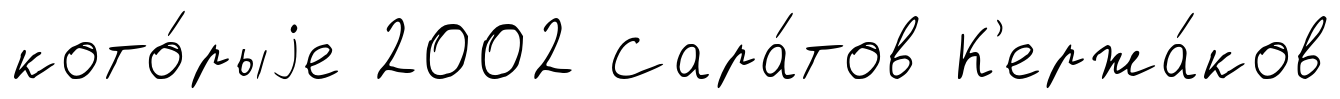
кото́рыjе 2002 Сара́тов К'ержа́ков